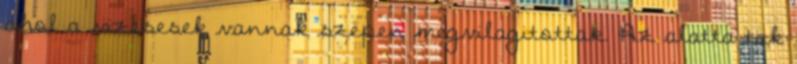
ahol a vizesesek vannak szepen megvilagitottak. Az alatta tak